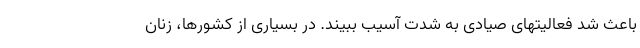
باعث شد فعالیتهای صیادی به شدت آسیب ببیند. در بسیاری از کشورها، زنان